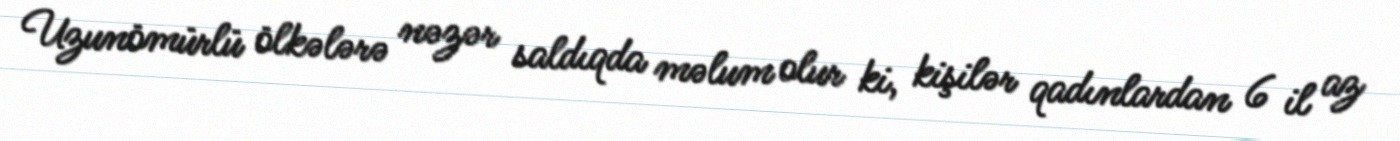
Uzunömürlü ölkələrə nəzər saldıqda məlum olur ki, kişilər qadınlardan 6 il az